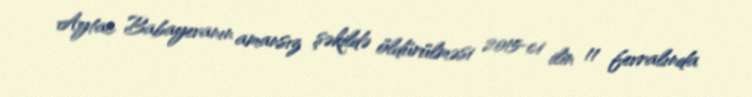
Aytac Babayevanın amansız şəkildə öldürülməsi 2015-ci ilin 11 fevralında